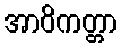
အာဝိကတ္တာ